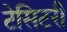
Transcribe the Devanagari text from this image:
टेसिटरी